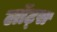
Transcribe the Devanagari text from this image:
लॉट्स